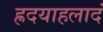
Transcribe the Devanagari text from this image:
ह्रदयाहलादं